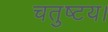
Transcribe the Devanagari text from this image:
चतुष्टय।